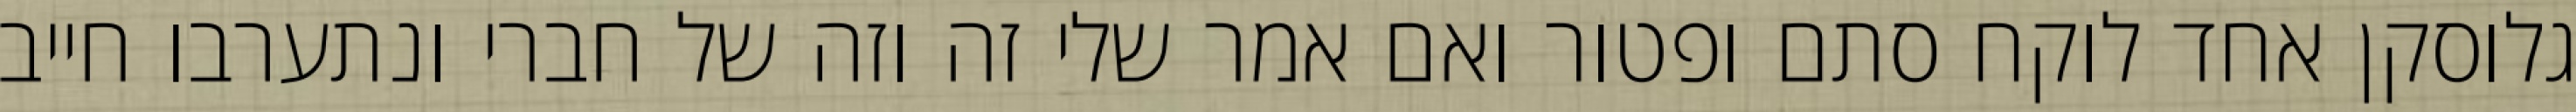
גלוסקן אחד לוקח סתם ופטור ואם אמר שלי זה וזה של חברי ונתערבו חייב